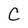
Character: C